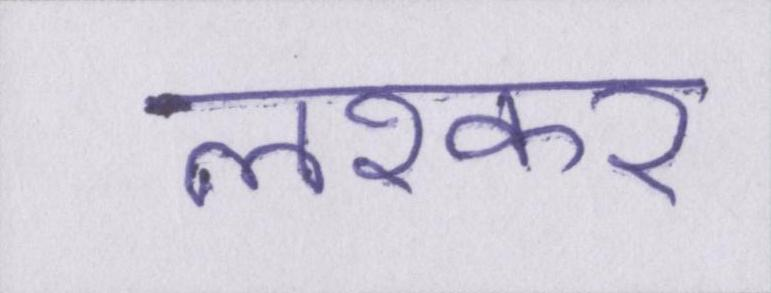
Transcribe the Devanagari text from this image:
लश्कर